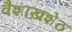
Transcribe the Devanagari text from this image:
वैशाखशेठ